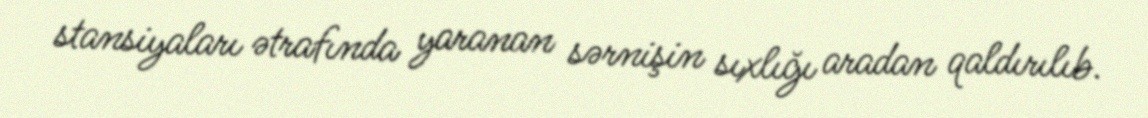
stansiyaları ətrafında yaranan sərnişin sıxlığı aradan qaldırılıb.